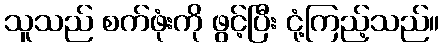
သူသည် စက်ဖုံးကို ဖွင့်ပြီး ငုံ့ကြည့်သည်။